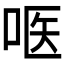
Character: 𱒨